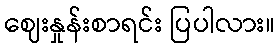
ဈေးနှုန်းစာရင်း ပြပါလား။